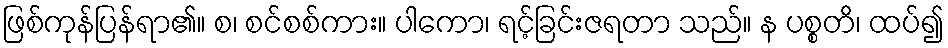
ဖြစ်ကုန်ပြန်ရာ၏။ စ၊ စင်စစ်ကား။ ပါကော၊ ရင့်ခြင်းဇရတာ သည်။ န ပစ္စတိ၊ ထပ်၍